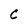
Character: C